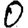
Digit: 0